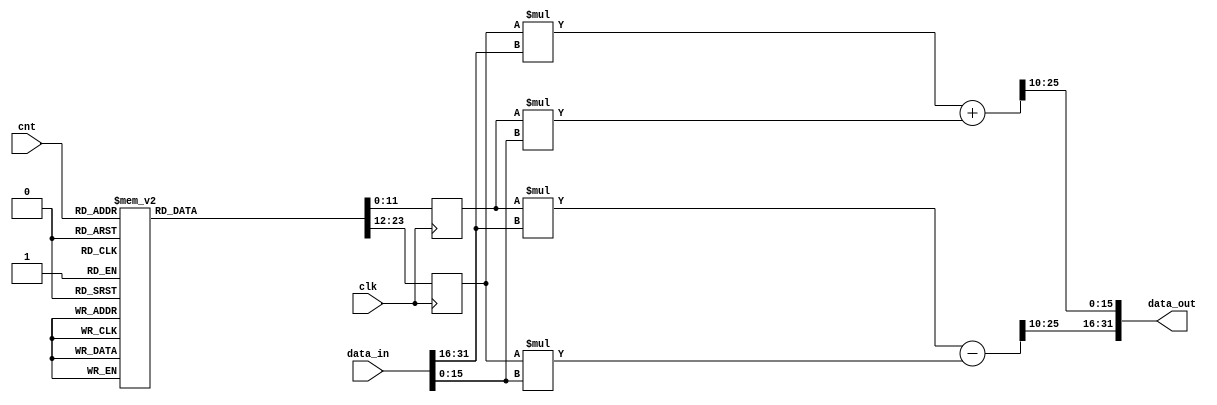
module MULT_GEN #(
    parameter BW = 32
)
(
    input clk,
    input[7:0] cnt,
    input signed[BW-1:0] data_in,//(9:4)
    output signed[BW-1:0] data_out//(9:4)
);
    parameter H= BW/2;
    wire signed [H-1:0] data_in_re;
    wire signed [H-1:0] data_in_im;
    wire signed [H-1:0] data_out_re;
    wire signed [H-1:0] data_out_im;

    assign data_in_re = $signed(data_in[BW-1:H]);
    assign data_in_im = $signed(data_in[H-1:0]);

    parameter START_CNT = 64;
    parameter signed W_re0=12'b010000000000;
    parameter signed W_re1=12'b001111111011;
    parameter signed W_re2=12'b001111101100;
    parameter signed W_re3=12'b001111010011;
    parameter signed W_re4=12'b001110110010;
    parameter signed W_re5=12'b001110000111;
    parameter signed W_re6=12'b001101010011;
    parameter signed W_re7=12'b001100010111;
    parameter signed W_re8=12'b001011010100;
    parameter signed W_re9=12'b001010001001;
    parameter signed W_re10=12'b001000111000;
    parameter signed W_re11=12'b000111100010;
    parameter signed W_re12=12'b000110000111;
    parameter signed W_re13=12'b000100101001;
    parameter signed W_re14=12'b000011000111;
    parameter signed W_re15=12'b000001100100;
    parameter signed W_re16=12'b000000000000;
    parameter signed W_re17=12'b111110011011;
    parameter signed W_re18=12'b111100111000;
    parameter signed W_re19=12'b111011010110;
    parameter signed W_re20=12'b111001111000;
    parameter signed W_re21=12'b111000011101;
    parameter signed W_re22=12'b110111000111;
    parameter signed W_re23=12'b110101110110;
    parameter signed W_re24=12'b110100101011;
    parameter signed W_re25=12'b110011101000;
    parameter signed W_re26=12'b110010101100;
    parameter signed W_re27=12'b110001111000;
    parameter signed W_re28=12'b110001001101;
    parameter signed W_re29=12'b110000101100;
    parameter signed W_re30=12'b110000010011;
    parameter signed W_re31=12'b110000000100;
    
    parameter signed W_im0=12'b000000000000;
    parameter signed W_im1=12'b111110011011;
    parameter signed W_im2=12'b111100111000;
    parameter signed W_im3=12'b111011010110;
    parameter signed W_im4=12'b111001111000;
    parameter signed W_im5=12'b111000011101;
    parameter signed W_im6=12'b110111000111;
    parameter signed W_im7=12'b110101110110;
    parameter signed W_im8=12'b110100101011;
    parameter signed W_im9=12'b110011101000;
    parameter signed W_im10=12'b110010101100;
    parameter signed W_im11=12'b110001111000;
    parameter signed W_im12=12'b110001001101;
    parameter signed W_im13=12'b110000101100;
    parameter signed W_im14=12'b110000010011;
    parameter signed W_im15=12'b110000000100;
    parameter signed W_im16=12'b110000000000;
    parameter signed W_im17=12'b110000000100;
    parameter signed W_im18=12'b110000010011;
    parameter signed W_im19=12'b110000101100;
    parameter signed W_im20=12'b110001001101;
    parameter signed W_im21=12'b110001111000;
    parameter signed W_im22=12'b110010101100;
    parameter signed W_im23=12'b110011101000;
    parameter signed W_im24=12'b110100101011;
    parameter signed W_im25=12'b110101110110;
    parameter signed W_im26=12'b110111000111;
    parameter signed W_im27=12'b111000011101;
    parameter signed W_im28=12'b111001111000;
    parameter signed W_im29=12'b111011010110;
    parameter signed W_im30=12'b111100111000;
    parameter signed W_im31=12'b111110011011;
    reg signed [11:0] temp_re; //[10:0]
    reg signed [11:0] temp_im; //[10:0]
    wire signed [BW+12:0] buf_re; //[23:0]
    wire signed [BW+12:0] buf_im; //[23:0]
    always @(posedge clk) begin
        case (cnt)
			(START_CNT+0) : begin
                    temp_re <= W_re0;
                    temp_im <= W_im0;
                    end   
			(START_CNT+1) : begin
                    temp_re <= W_re1;
                    temp_im <= W_im1;
                    end   
			(START_CNT+2) : begin
                    temp_re <= W_re2;
                    temp_im <= W_im2;
                    end
			(START_CNT+3) : begin
                    temp_re <= W_re3;
                    temp_im <= W_im3;
                    end
			(START_CNT+4) : begin
                    temp_re <= W_re4;
                    temp_im <= W_im4;
                    end   
			(START_CNT+5) : begin
                    temp_re <= W_re5;
                    temp_im <= W_im5;
                    end   
			(START_CNT+6) : begin
                    temp_re <= W_re6;
                    temp_im <= W_im6;
                    end
			(START_CNT+7) : begin
                    temp_re <= W_re7;
                    temp_im <= W_im7;
                    end
			(START_CNT+8) : begin
                    temp_re <= W_re8;
                    temp_im <= W_im8;
                    end   
			(START_CNT+9) : begin
                    temp_re <= W_re9;
                    temp_im <= W_im9;
                    end   
			(START_CNT+10) : begin
                    temp_re <= W_re10;
                    temp_im <= W_im10;
                    end
			(START_CNT+11) : begin
                    temp_re <= W_re11;
                    temp_im <= W_im11;
                    end
			(START_CNT+12) : begin
                    temp_re <= W_re12;
                    temp_im <= W_im12;
                    end   
			(START_CNT+13) : begin
                    temp_re <= W_re13;
                    temp_im <= W_im13;
                    end   
			(START_CNT+14) : begin
                    temp_re <= W_re14;
                    temp_im <= W_im14;
                    end
			(START_CNT+15) : begin
                    temp_re <= W_re15;
                    temp_im <= W_im15;
                    end
			(START_CNT+16) : begin
                    temp_re <= W_re16;
                    temp_im <= W_im16;
                    end   
			(START_CNT+17) : begin
                    temp_re <= W_re17;
                    temp_im <= W_im17;
                    end   
			(START_CNT+18) : begin
                    temp_re <= W_re18;
                    temp_im <= W_im18;
                    end
			(START_CNT+19) : begin
                    temp_re <= W_re19;
                    temp_im <= W_im19;
                    end
			(START_CNT+20) : begin
                    temp_re <= W_re20;
                    temp_im <= W_im20;
                    end   
			(START_CNT+21) : begin
                    temp_re <= W_re21;
                    temp_im <= W_im21;
                    end   
			(START_CNT+22) : begin
                    temp_re <= W_re22;
                    temp_im <= W_im22;
                    end
			(START_CNT+23) : begin
                    temp_re <= W_re23;
                    temp_im <= W_im23;
                    end
			(START_CNT+24) : begin
                    temp_re <= W_re24;
                    temp_im <= W_im24;
                    end   
			(START_CNT+25) : begin
                    temp_re <= W_re25;
                    temp_im <= W_im25;
                    end   
			(START_CNT+26) : begin
                    temp_re <= W_re26;
                    temp_im <= W_im26;
                    end
			(START_CNT+27) : begin
                    temp_re <= W_re27;
                    temp_im <= W_im27;
                    end
			(START_CNT+28) : begin
                    temp_re <= W_re28;
                    temp_im <= W_im28;
                    end   
			(START_CNT+29) : begin
                    temp_re <= W_re29;
                    temp_im <= W_im29;
                    end   
			(START_CNT+30) : begin
                    temp_re <= W_re30;
                    temp_im <= W_im30;
                    end
			(START_CNT+31) : begin
                    temp_re <= W_re31;
                    temp_im <= W_im31;
                    end
//stage 2//
			(START_CNT+32) : begin
                    temp_re <= W_re0;
                    temp_im <= W_im0;
                    end   
			(START_CNT+33) : begin
                    temp_re <= W_re2;
                    temp_im <= W_im2;
                    end   
			(START_CNT+34) : begin
                    temp_re <= W_re4;
                    temp_im <= W_im4;
                    end
			(START_CNT+35) : begin
                    temp_re <= W_re6;
                    temp_im <= W_im6;
                    end
			(START_CNT+36) : begin
                    temp_re <= W_re8;
                    temp_im <= W_im8;
                    end   
			(START_CNT+37) : begin
                    temp_re <= W_re10;
                    temp_im <= W_im10;
                    end   
			(START_CNT+38) : begin
                    temp_re <= W_re12;
                    temp_im <= W_im12;
                    end
			(START_CNT+39) : begin
                    temp_re <= W_re14;
                    temp_im <= W_im14;
                    end
			(START_CNT+40) : begin
                    temp_re <= W_re16;
                    temp_im <= W_im16;
                    end   
			(START_CNT+41) : begin
                    temp_re <= W_re18;
                    temp_im <= W_im18;
                    end   
			(START_CNT+42) : begin
                    temp_re <= W_re20;
                    temp_im <= W_im20;
                    end
			(START_CNT+43) : begin
                    temp_re <= W_re22;
                    temp_im <= W_im22;
                    end
			(START_CNT+44) : begin
                    temp_re <= W_re24;
                    temp_im <= W_im24;
                    end   
			(START_CNT+45) : begin
                    temp_re <= W_re26;
                    temp_im <= W_im26;
                    end   
			(START_CNT+46) : begin
                    temp_re <= W_re28;
                    temp_im <= W_im28;
                    end
			(START_CNT+47) : begin
                    temp_re <= W_re30;
                    temp_im <= W_im30;
                    end
			(START_CNT+48) : begin
                    temp_re <= W_re0;
                    temp_im <= W_im0;
                    end   
			(START_CNT+49) : begin
                    temp_re <= W_re2;
                    temp_im <= W_im2;
                    end   
			(START_CNT+50) : begin
                    temp_re <= W_re4;
                    temp_im <= W_im4;
                    end
			(START_CNT+51) : begin
                    temp_re <= W_re6;
                    temp_im <= W_im6;
                    end
			(START_CNT+52) : begin
                    temp_re <= W_re8;
                    temp_im <= W_im8;
                    end   
			(START_CNT+53) : begin
                    temp_re <= W_re10;
                    temp_im <= W_im10;
                    end  
			(START_CNT+54) : begin
                    temp_re <= W_re12;
                    temp_im <= W_im12;
                    end
			(START_CNT+55) : begin
                    temp_re <= W_re14;
                    temp_im <= W_im14;
                    end
			(START_CNT+56) : begin
                    temp_re <= W_re16;
                    temp_im <= W_im16;
                    end   
			(START_CNT+57) : begin
                    temp_re <= W_re18;
                    temp_im <= W_im18;
                    end   
			(START_CNT+58) : begin
                    temp_re <= W_re20;
                    temp_im <= W_im20;
                    end
			(START_CNT+59) : begin
                    temp_re <= W_re22;
                    temp_im <= W_im22;
                    end
			(START_CNT+60) : begin
                    temp_re <= W_re24;
                    temp_im <= W_im24;
                    end   
			(START_CNT+61) : begin
                    temp_re <= W_re26;
                    temp_im <= W_im26;
                    end   
			(START_CNT+62) : begin
                    temp_re <= W_re28;
                    temp_im <= W_im28;
                    end
			(START_CNT+63) : begin
                    temp_re <= W_re30;
                    temp_im <= W_im30;
                    end
                    //stage3//
			(START_CNT+64) : begin
                    temp_re <= W_re0;
                    temp_im <= W_im0;
                    end   
			(START_CNT+65) : begin
                    temp_re <= W_re4;
                    temp_im <= W_im4;
                    end   
			(START_CNT+66) : begin
                    temp_re <= W_re8;
                    temp_im <= W_im8;
                    end
			(START_CNT+67) : begin
                    temp_re <= W_re12;
                    temp_im <= W_im12;
                    end
			(START_CNT+68) : begin
                    temp_re <= W_re16;
                    temp_im <= W_im16;
                    end   
			(START_CNT+69) : begin
                    temp_re <= W_re20;
                    temp_im <= W_im20;
                    end   
			(START_CNT+70) : begin
                    temp_re <= W_re24;
                    temp_im <= W_im24;
                    end
			(START_CNT+71) : begin
                    temp_re <= W_re28;
                    temp_im <= W_im28;
                    end
			(START_CNT+72) : begin
                    temp_re <= W_re0;
                    temp_im <= W_im0;
                    end   
			(START_CNT+73) : begin
                    temp_re <= W_re4;
                    temp_im <= W_im4;
                    end   
			(START_CNT+74) : begin
                    temp_re <= W_re8;
                    temp_im <= W_im8;
                    end
			(START_CNT+75) : begin
                    temp_re <= W_re12;
                    temp_im <= W_im12;
                    end
			(START_CNT+76) : begin
                    temp_re <= W_re16;
                    temp_im <= W_im16;
                    end   
			(START_CNT+77) : begin
                    temp_re <= W_re20;
                    temp_im <= W_im20;
                    end   
			(START_CNT+78) : begin
                    temp_re <= W_re24;
                    temp_im <= W_im24;
                    end
			(START_CNT+79) : begin
                    temp_re <= W_re28;
                    temp_im <= W_im28;
                    end
			(START_CNT+80) : begin
                    temp_re <= W_re0;
                    temp_im <= W_im0;
                    end   
			(START_CNT+81) : begin
                    temp_re <= W_re4;
                    temp_im <= W_im4;
                    end   
			(START_CNT+82) : begin
                    temp_re <= W_re8;
                    temp_im <= W_im8;
                    end
			(START_CNT+83) : begin
                    temp_re <= W_re12;
                    temp_im <= W_im12;
                    end
			(START_CNT+84) : begin
                    temp_re <= W_re16;
                    temp_im <= W_im16;
                    end   
			(START_CNT+85) : begin
                    temp_re <= W_re20;
                    temp_im <= W_im20;
                    end   
			(START_CNT+86) : begin
                    temp_re <= W_re24;
                    temp_im <= W_im24;
                    end
			(START_CNT+87) : begin
                    temp_re <= W_re28;
                    temp_im <= W_im28;
                    end
			(START_CNT+88) : begin
                    temp_re <= W_re0;
                    temp_im <= W_im0;
                    end   
			(START_CNT+89) : begin
                    temp_re <= W_re4;
                    temp_im <= W_im4;
                    end   
			(START_CNT+90) : begin
                    temp_re <= W_re8;
                    temp_im <= W_im8;
                    end
			(START_CNT+91) : begin
                    temp_re <= W_re12;
                    temp_im <= W_im12;
                    end
			(START_CNT+92) : begin
                    temp_re <= W_re16;
                    temp_im <= W_im16;
                    end   
			(START_CNT+93) : begin
                    temp_re <= W_re20;
                    temp_im <= W_im20;
                    end   
			(START_CNT+94) : begin
                    temp_re <= W_re24;
                    temp_im <= W_im24;
                    end
			(START_CNT+95) : begin
                    temp_re <= W_re28;
                    temp_im <= W_im28;
                    end 
			(START_CNT+96) : begin  //stage4
                    temp_re <= W_re0;
                    temp_im <= W_im0;
                    end   
			(START_CNT+97) : begin
                    temp_re <= W_re8;
                    temp_im <= W_im8;
                    end   
			(START_CNT+98) : begin
                    temp_re <= W_re16;
                    temp_im <= W_im16;
                    end
			(START_CNT+99) : begin
                    temp_re <= W_re24;
                    temp_im <= W_im24;
                    end
			(START_CNT+100) : begin
                    temp_re <= W_re0;
                    temp_im <= W_im0;
                    end   
			(START_CNT+101) : begin
                    temp_re <= W_re8;
                    temp_im <= W_im8;
                    end   
			(START_CNT+102) : begin
                    temp_re <= W_re16;
                    temp_im <= W_im16;
                    end
			(START_CNT+103) : begin
                    temp_re <= W_re24;
                    temp_im <= W_im24;
                    end
			(START_CNT+104) : begin
                    temp_re <= W_re0;
                    temp_im <= W_im0;
                    end   
			(START_CNT+105) : begin
                    temp_re <= W_re8;
                    temp_im <= W_im8;
                    end   
			(START_CNT+106) : begin
                    temp_re <= W_re16;
                    temp_im <= W_im16;
                    end
			(START_CNT+107) : begin
                    temp_re <= W_re24;
                    temp_im <= W_im24;
                    end
			(START_CNT+108) : begin
                    temp_re <= W_re0;
                    temp_im <= W_im0;
                    end   
			(START_CNT+109) : begin
                    temp_re <= W_re8;
                    temp_im <= W_im8;
                    end   
			(START_CNT+110) : begin
                    temp_re <= W_re16;
                    temp_im <= W_im16;
                    end
			(START_CNT+111) : begin
                    temp_re <= W_re24;
                    temp_im <= W_im24;
                    end
			(START_CNT+112) : begin
                    temp_re <= W_re0;
                    temp_im <= W_im0;
                    end   
			(START_CNT+113) : begin
                    temp_re <= W_re8;
                    temp_im <= W_im8;
                    end   
			(START_CNT+114) : begin
                    temp_re <= W_re16;
                    temp_im <= W_im16;
                    end
			(START_CNT+115) : begin
                    temp_re <= W_re24;
                    temp_im <= W_im24;
                    end
			(START_CNT+116) : begin
                    temp_re <= W_re0;
                    temp_im <= W_im0;
                    end   
			(START_CNT+117) : begin
                    temp_re <= W_re8;
                    temp_im <= W_im8;
                    end   
			(START_CNT+118) : begin
                    temp_re <= W_re16;
                    temp_im <= W_im16;
                    end
			(START_CNT+119) : begin
                    temp_re <= W_re24;
                    temp_im <= W_im24;
                    end
			(START_CNT+120) : begin
                    temp_re <= W_re0;
                    temp_im <= W_im0;
                    end   
			(START_CNT+121) : begin
                    temp_re <= W_re8;
                    temp_im <= W_im8;
                    end   
			(START_CNT+122) : begin
                    temp_re <= W_re16;
                    temp_im <= W_im16;
                    end
			(START_CNT+123) : begin
                    temp_re <= W_re24;
                    temp_im <= W_im24;
                    end
			(START_CNT+124) : begin
                    temp_re <= W_re0;
                    temp_im <= W_im0;
                    end   
			(START_CNT+125) : begin
                    temp_re <= W_re8;
                    temp_im <= W_im8;
                    end   
			(START_CNT+126) : begin
                    temp_re <= W_re16;
                    temp_im <= W_im16;
                    end
			(START_CNT+127) : begin
                    temp_re <= W_re24;
                    temp_im <= W_im24;
                    end 
			(START_CNT+128) : begin //stage5
                    temp_re <= W_re0;
                    temp_im <= W_im0;
                    end   
			(START_CNT+129) : begin
                    temp_re <= W_re16;
                    temp_im <= W_im16;
                    end   
			(START_CNT+130) : begin
                    temp_re <= W_re0;
                    temp_im <= W_im0;
                    end
			(START_CNT+131) : begin
                    temp_re <= W_re16;
                    temp_im <= W_im16;
                    end
			(START_CNT+132) : begin
                    temp_re <= W_re0;
                    temp_im <= W_im0;
                    end   
			(START_CNT+133) : begin
                    temp_re <= W_re16;
                    temp_im <= W_im16;
                    end   
			(START_CNT+134) : begin
                    temp_re <= W_re0;
                    temp_im <= W_im0;
                    end
			(START_CNT+135) : begin
                    temp_re <= W_re16;
                    temp_im <= W_im16;
                    end
			(START_CNT+136) : begin
                    temp_re <= W_re0;
                    temp_im <= W_im0;
                    end   
			(START_CNT+137) : begin
                    temp_re <= W_re16;
                    temp_im <= W_im16;
                    end   
			(START_CNT+138) : begin
                    temp_re <= W_re0;
                    temp_im <= W_im0;
                    end
			(START_CNT+139) : begin
                    temp_re <= W_re16;
                    temp_im <= W_im16;
                    end
			(START_CNT+140) : begin
                    temp_re <= W_re0;
                    temp_im <= W_im0;
                    end   
			(START_CNT+141) : begin
                    temp_re <= W_re16;
                    temp_im <= W_im16;
                    end   
			(START_CNT+142) : begin
                    temp_re <= W_re0;
                    temp_im <= W_im0;
                    end
			(START_CNT+143) : begin
                    temp_re <= W_re16;
                    temp_im <= W_im16;
                    end
			(START_CNT+144) : begin
                    temp_re <= W_re0;
                    temp_im <= W_im0;
                    end   
			(START_CNT+145) : begin
                    temp_re <= W_re16;
                    temp_im <= W_im16;
                    end   
			(START_CNT+146) : begin
                    temp_re <= W_re0;
                    temp_im <= W_im0;
                    end
			(START_CNT+147) : begin
                    temp_re <= W_re16;
                    temp_im <= W_im16;
                    end
			(START_CNT+148) : begin
                    temp_re <= W_re0;
                    temp_im <= W_im0;
                    end   
			(START_CNT+149) : begin
                    temp_re <= W_re16;
                    temp_im <= W_im16;
                    end   
			(START_CNT+150) : begin
                    temp_re <= W_re0;
                    temp_im <= W_im0;
                    end
			(START_CNT+151) : begin
                    temp_re <= W_re16;
                    temp_im <= W_im16;
                    end
			(START_CNT+152) : begin
                    temp_re <= W_re0;
                    temp_im <= W_im0;
                    end   
			(START_CNT+153) : begin
                    temp_re <= W_re16;
                    temp_im <= W_im16;
                    end   
			(START_CNT+154) : begin
                    temp_re <= W_re0;
                    temp_im <= W_im0;
                    end
			(START_CNT+155) : begin
                    temp_re <= W_re16;
                    temp_im <= W_im16;
                    end
			(START_CNT+156) : begin
                    temp_re <= W_re0;
                    temp_im <= W_im0;
                    end   
			(START_CNT+157) : begin
                    temp_re <= W_re16;
                    temp_im <= W_im16;
                    end   
			(START_CNT+158) : begin
                    temp_re <= W_re0;
                    temp_im <= W_im0;
                    end
			(START_CNT+159) : begin
                    temp_re <= W_re16;
                    temp_im <= W_im16;
                    end                                          
            default: begin                //stage6's twiddle factors are always 1 
                    temp_re <= W_re0;
                    temp_im <= W_im0;
            end
        endcase
    end
    
    assign buf_re = (temp_re*data_in_re)-(temp_im*data_in_im); // [24:0]
    assign buf_im = (temp_im*data_in_re)+(temp_re*data_in_im); // [24:0]
    
    assign data_out_re = $signed({buf_re[BW+12],buf_re[BW+8:10]});
    assign data_out_im = $signed({buf_im[BW+12],buf_im[BW+8:10]});
    assign data_out = $signed({data_out_re,data_out_im});

endmodule